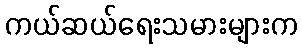
ကယ်ဆယ်ရေးသမားများက